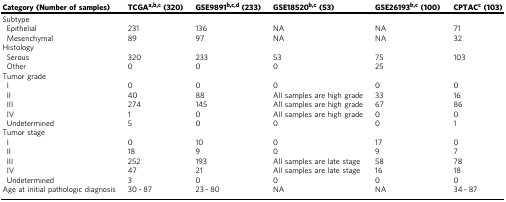
| Category (Number of samples) | TCGAa,b,c (320) | GSE9891b,c,d (233) | GSE18520b,c (53) | GSE26193b,c (100) | CPTACc (103) |
 | --- | --- | --- | --- | --- | --- |
 | <COLSPAN=6> Subtype |
 | Epithelial | 231 | 136 | NA | NA | 71 |
 | Mesenchymal | 89 | 97 | NA | NA | 32 |
 | <COLSPAN=6> Histology |
 | Serous | 320 | 233 | 53 | 75 | 103 |
 | Other | 0 | 0 | 0 | 25 |  |
 | <COLSPAN=6> Tumor grade |
 | I | 0 | 0 | 0 | 0 | 0 |
 | II | 40 | 88 | All samples are high grade | 33 | 16 |
 | III | 274 | 145 | All samples are high grade | 67 | 86 |
 | IV | 1 | 0 | All samples are high grade | 0 | 0 |
 | Undetermined | 5 | 0 | 0 | 0 | 1 |
 | <COLSPAN=6> Tumor stage |
 | I | 0 | 10 | 0 | 17 | 0 |
 | II | 18 | 9 | 0 | 9 | 7 |
 | III | 252 | 193 | All samples are late stage | 58 | 78 |
 | IV | 47 | 21 | All samples are late stage | 16 | 18 |
 | Undetermined | 3 | 0 | 0 | 0 | 0 |
 | Age at initial pathologic diagnosis | 30 ~ 87 | 23 ~ 80 | NA | NA | 34 ~ 87 |